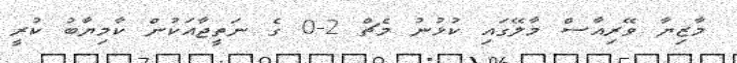
މާޒިޔާ ވޭރިއާސް މާލޭގައި ކުޅުނު މެޗް 2-0 ގެ ނަތީޖާއަކުން ކާމިޔާބު ކުރީ